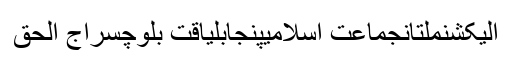
الیکشنملتانجماعت اسلامیپنجابلیاقت بلوچسراج الحق